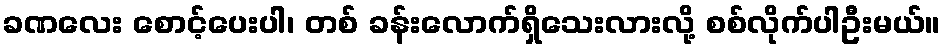
ခဏလေး စောင့်ပေးပါ၊ တစ် ခန်းလောက်ရှိသေးလားလို့ စစ်လိုက်ပါဦးမယ်။